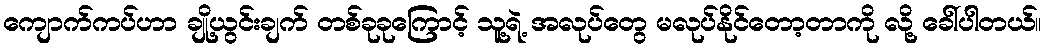
ကျောက်ကပ်ဟာ ချို့ယွင်းချက် တစ်ခုခုကြောင့် သူ့ရဲ့ အလုပ်တွေ မလုပ်နိုင်တော့တာကို လို့ ခေါ်ပါတယ်။